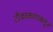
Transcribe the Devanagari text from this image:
टीकाकारांकडून